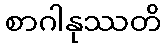
စာဂါနုဿတိ